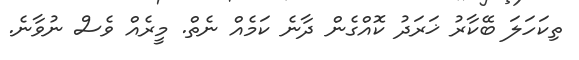
ތިކަހަލަ ބޭކާރު ޚަރަދު ކޮއްގެން ދާނެ ކަމެއް ނެތް. މީރެއް ވެސް ނުވާނެ.